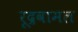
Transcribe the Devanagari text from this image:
रूद्रवामल